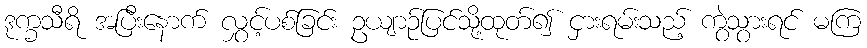
ဒုက္ခသီရိ အပြီးနောက် လွှင့်ပစ်ခြင်း ဥယျာဉ်ပြင်သို့ထုတ်၍ ငှားရမ်းသည့် ကွဲသွားရင် မကြ